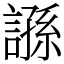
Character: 𧪾